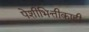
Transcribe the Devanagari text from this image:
पेशीभित्तीकाही